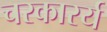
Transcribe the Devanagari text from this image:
चरकारर्य